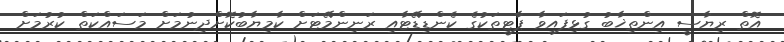
އޮތް ރިޔާސީ އިންތިޚާބު ގުޅިފައިވާ ޕާޓީތަކުގެ ކެންޑިޑޭޓާއި ރަނިންމޭޓަށް ކާމިޔާބުކޮށްދިނުމަށް މަސައްކަތް ކުރުމަށް